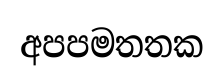
අපපමතතක